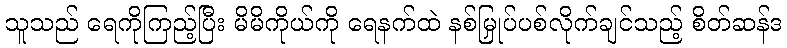
သူသည် ရေကိုကြည့်ပြီး မိမိကိုယ်ကို ရေနက်ထဲ နစ်မြှုပ်ပစ်လိုက်ချင်သည့် စိတ်ဆန်ဒ